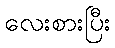
လေးစားပြီး